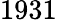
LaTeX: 1931